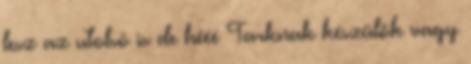
lesz az utolsó is de hééé Tarknak készülök vagy